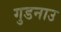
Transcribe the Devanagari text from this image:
गुडनाउ